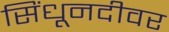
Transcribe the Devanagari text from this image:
सिंधूनदीवर